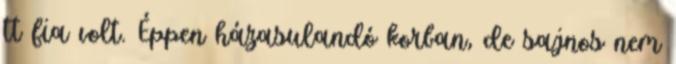
tt fia volt. Éppen házasulandó korban, de sajnos nem